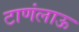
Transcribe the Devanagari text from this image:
टाणंलाऊ